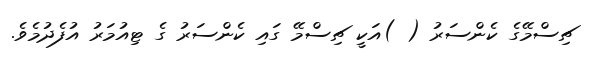
ޗިސްމޭގެ ކެންސަރު ( )އަކީ ޗިސްމޭ ގައި ކެންސަރު ގެ ޓިއުމަރު އުފެދުމެވެ.